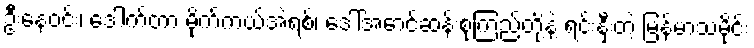
ဦးနေဝင်း၊ ဒေါက်တာ မိုက်ကယ်အဲရစ်၊ ဒေါ်အောင်ဆန်းစုကြည်တို့နဲ့ ရင်းနှီးတဲ့ မြန်မာသမိုင်း